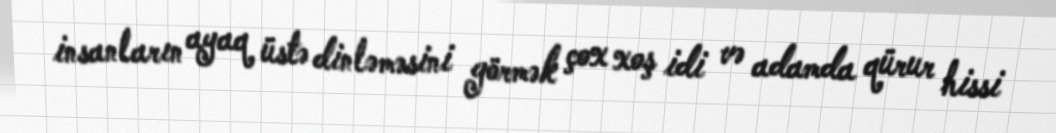
insanların ayaq üstə dinləməsini görmək çox xoş idi və adamda qürur hissi